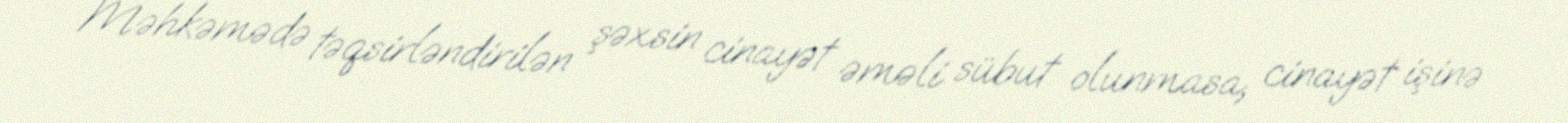
Məhkəmədə təqsirləndirilən şəxsin cinayət əməli sübut olunmasa, cinayət işinə